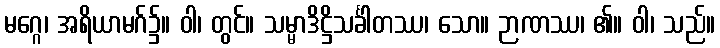
မဂ္ဂေ၊ အရိယာမဂ်၌။ ဝါ၊ တွင်။ သမ္မာဒိဋ္ဌိသင်္ခါတဿ၊ သော။ ဉာဏဿ၊ ၏။ ဝါ၊ သည်။